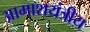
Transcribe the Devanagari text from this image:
आमाशयंत्रीय